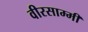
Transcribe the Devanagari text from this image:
वीरसाम्मी